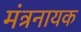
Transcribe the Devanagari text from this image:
मंत्रनायक